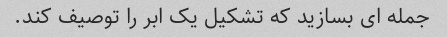
جمله ای بسازید که تشکیل یک ابر را توصیف کند.